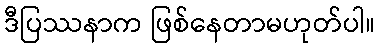
ဒီပြဿနာက ဖြစ်နေတာမဟုတ်ပါ။